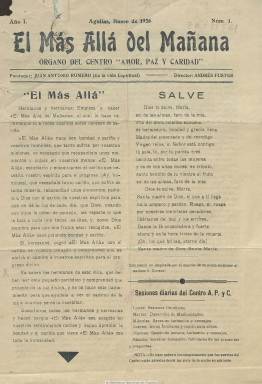
Título: El Más allá del mañana
Colección: Espiritismo
Ámbito geográfico: Murcia
Lugar de publicación: Aguilas [Murcia]
Fechas: 01/01/1936-31/01/1936

Con el subtítulo “órgano del Centro Amor, Paz y Caridad”, es una publicación del movimiento espiritista y de carácter deísta que empieza a editarse en la población murciana de Águilas, a partir de enero de 1936. Es un único número, de cuatro páginas y compuesto a dos columnas, en cuya cabecera aparece como fundador Juan Antonio Romero y como director, Andrés Fuster. Contiene información sobre las sesiones mediúmnicas del citado centro.